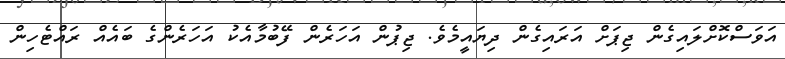
އަވަސްކޮށްލައިގެން ޖިޕަށް އަރައިގެން ދިޔައީމެވެ. ޖިޕުން އަހަރެން ފޭބުމާއެކު އަހަރެންގެ ބައެއް ރައްޓެހިން